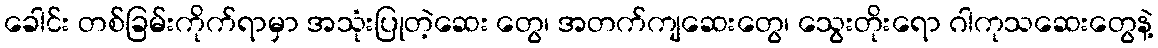
ခေါင်း တစ်ခြမ်းကိုက်ရာမှာ အသုံးပြုတဲ့ဆေး တွေ၊ အတက်ကျဆေးတွေ၊ သွေးတိုးရော ဂါကုသဆေးတွေနဲ့